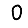
Digit: 0